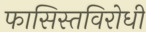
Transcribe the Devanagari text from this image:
फासिस्तविरोधी